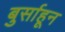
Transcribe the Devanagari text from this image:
बुर्साहून